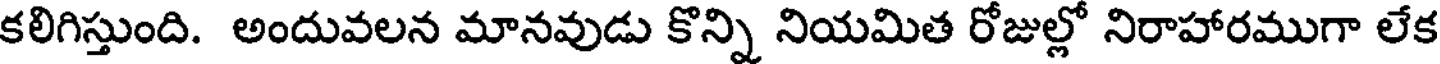
కలిగిస్తుంది. అందువలన మానవుడు కొన్ని నియమిత రోజుల్లో నిరాహారముగా లేక